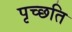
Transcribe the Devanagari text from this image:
पृच्छति